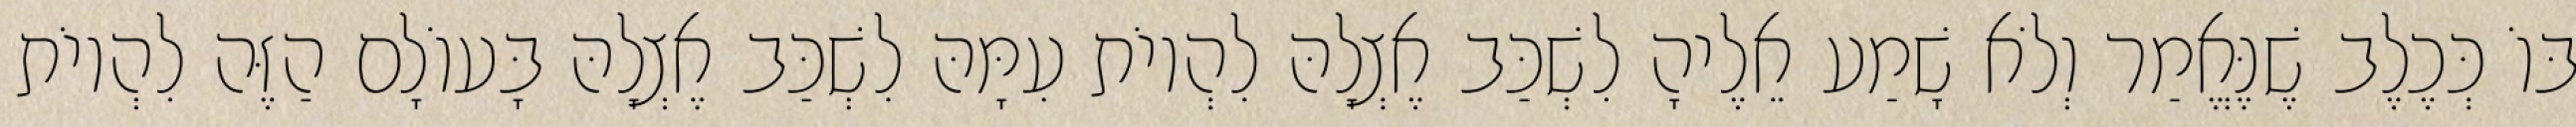
בּוֹ כְּכֶלֶב שֶׁנֶּאֱמַר וְלֹא שָׁמַע אֵלֶיהָ לִשְׁכַּב אֶצְלָהּ לִהְיוֹת עִמָּהּ לִשְׁכַּב אֶצְלָהּ בָּעוֹלָם הַזֶּה לִהְיוֹת